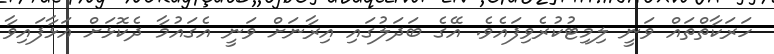
ހަރަކާތްތައް ވަނީ ލިމިޓުކުރެވިފައެވެ. އޭގެ ބަދަލުގައި އިރާނަށް ވަނީ އެގައުމާ ދެކޮޅަށް އަޅާފައިވާ